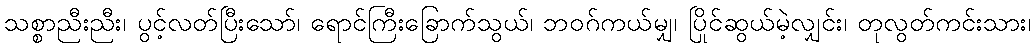
သစ္စာညီးညီး၊ ပွင့်လတ်ပြီးသော်၊ ရောင်ကြီးခြောက်သွယ်၊ ဘဝဂ်ကယ်မျှ၊ ပြိုင်ဆွယ်မဲ့လျှင်း၊ တုလွတ်ကင်းသား၊